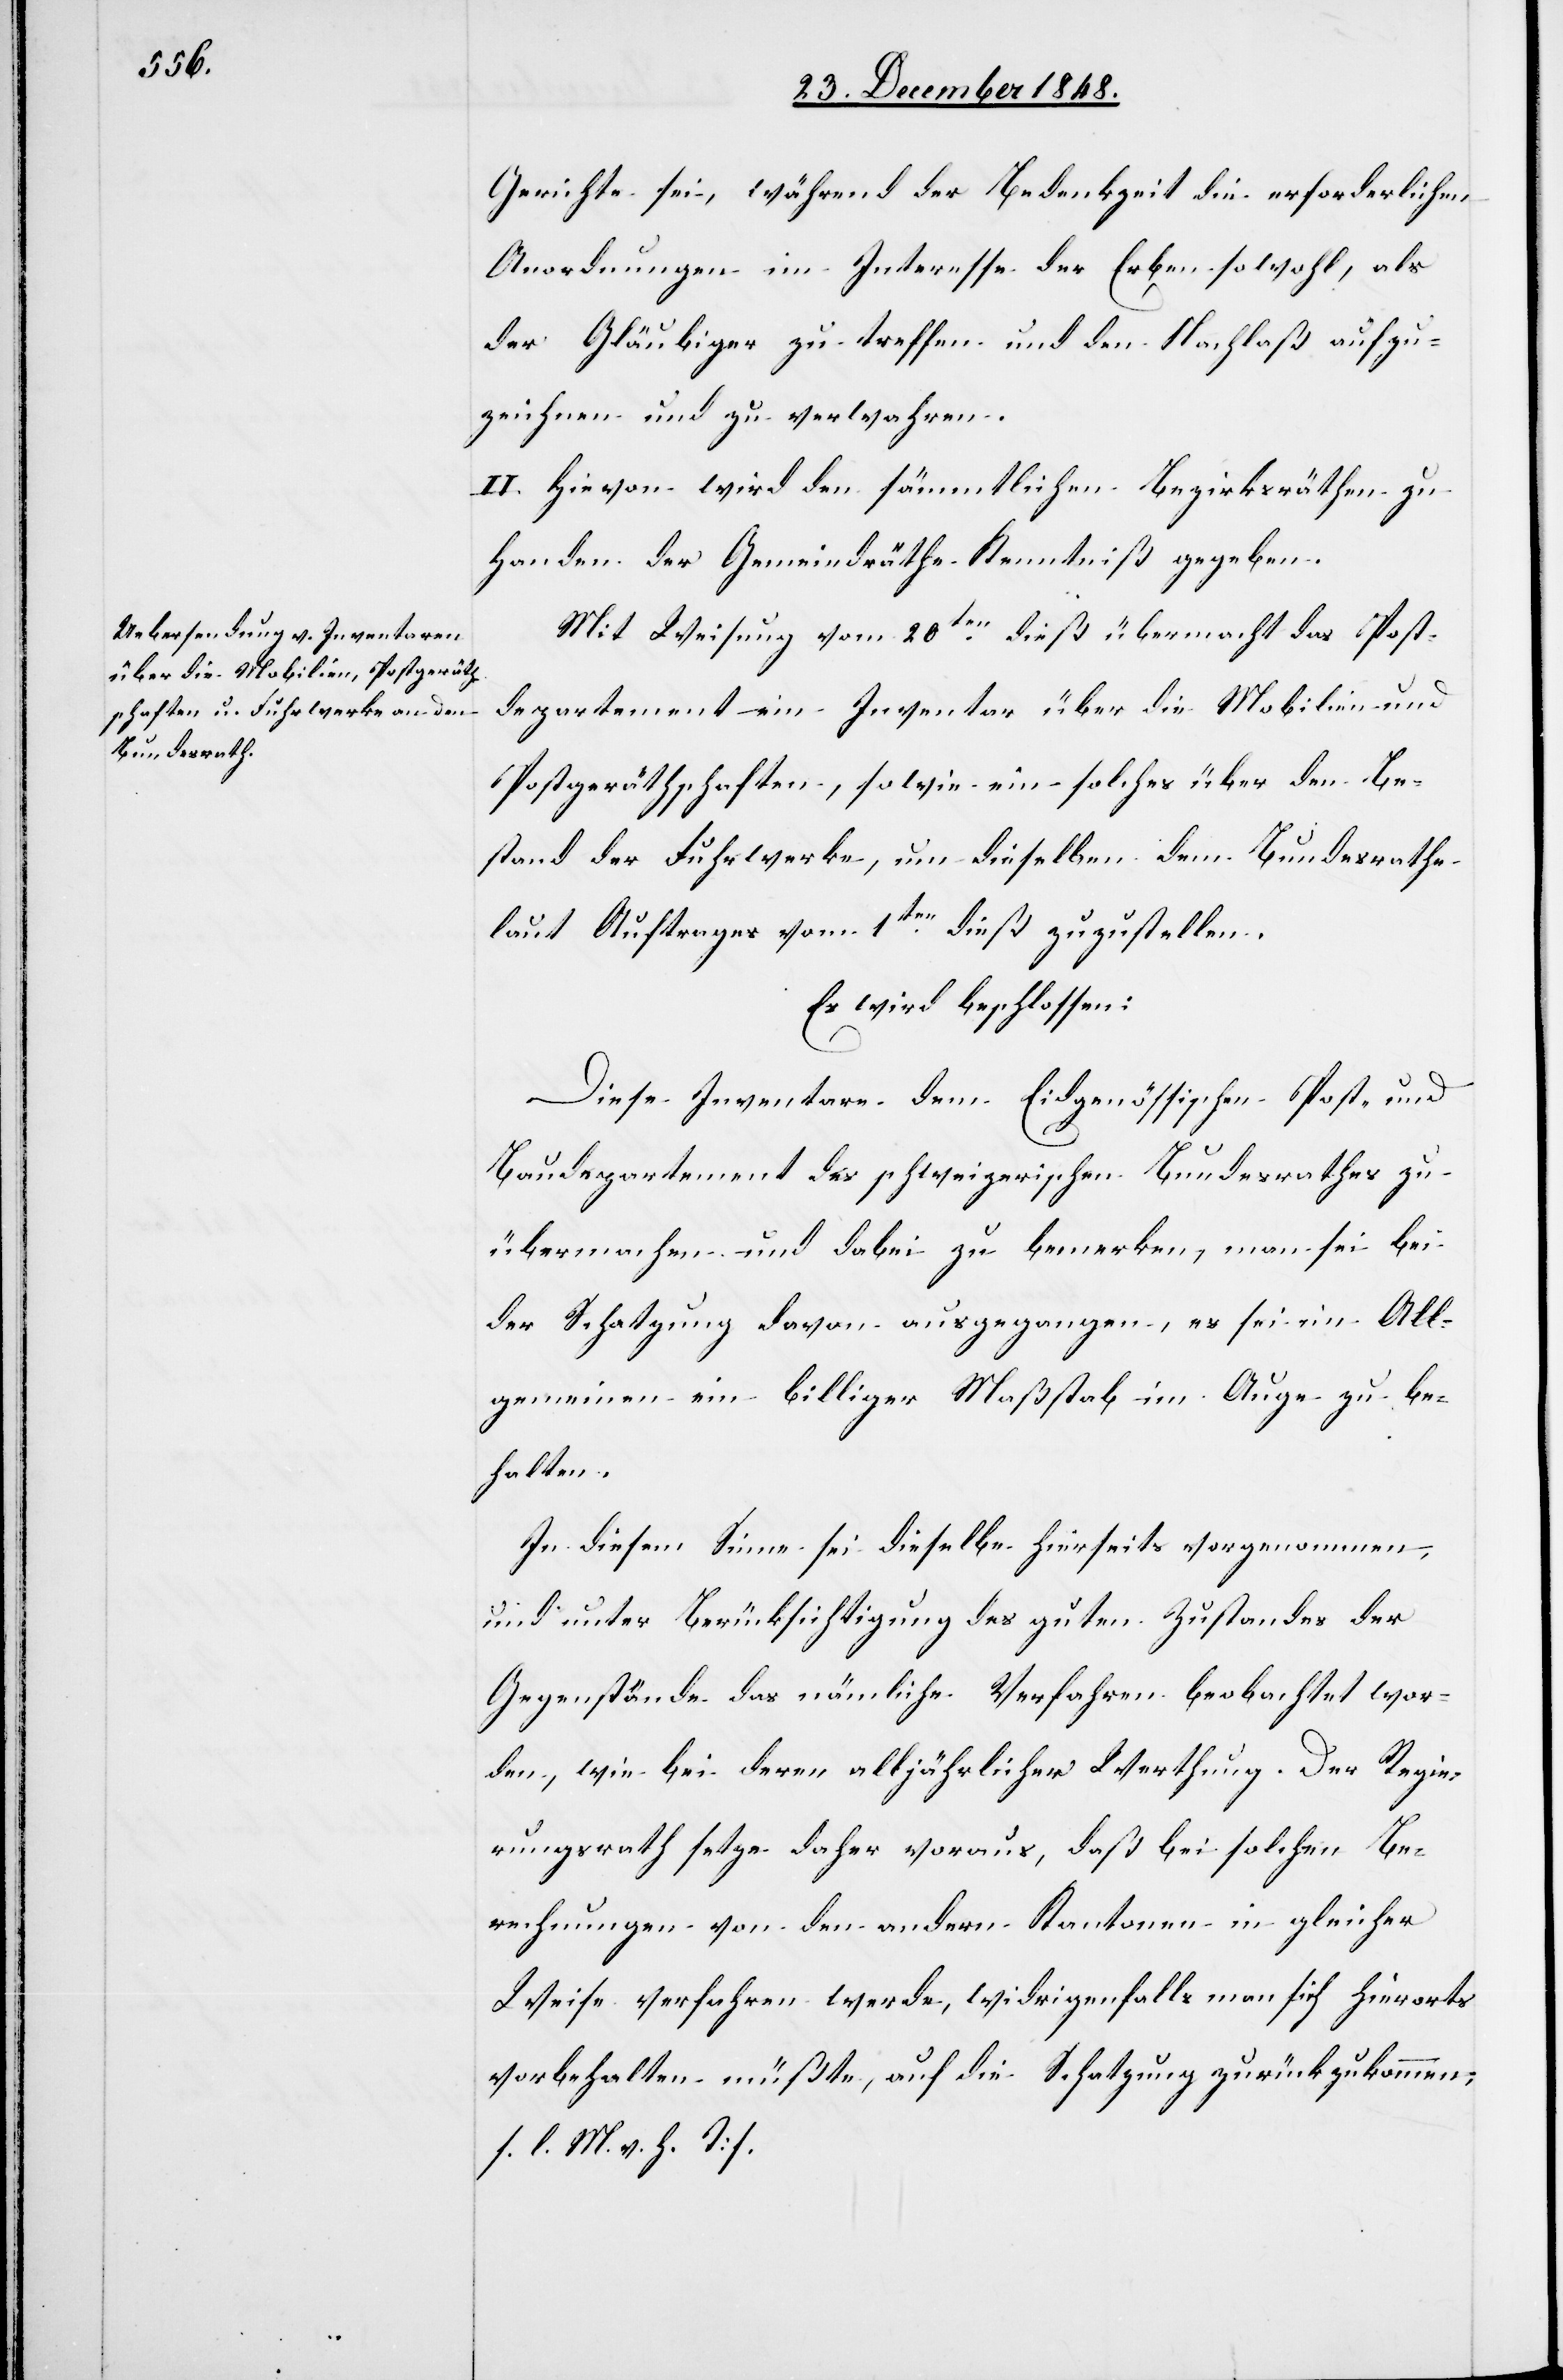
Gerichte sei, während der Bedenkzeit die erforderlichen
Anordnungen im Interesse der Erben sowohl, als
der Gläubiger zu treffen und den Nachlaß aufzu¬
zeichnen und zu verwahren.
II. Hievon wird den sämmtlichen Bezirksräthen zu
Handen der Gemeindräthe Kenntniß gegeben.
Mit Weisung vom 20ten dieß übermacht das Post¬
departement ein Inventar über die Mobilien und
Postgeräthschaften, sowie ein solches über den Be¬
stand der Fuhrwerke, um dieselben dem Bundesrathe
laut Auftrages vom 1ten dieß zuzustellen.
Es wird beschlossen:
Diese Inventare dem Eidgenössischen Post- und
Baudepartement des schweizerischen Bundesrathes zu
übermachen und dabei zu bemerken, man sei bei
der Schatzung davon ausgegangen, es sei im All¬
gemeinen ein billiger Maßstab im Auge zu be¬
halten.
In diesem Sinne sei dieselbe hierseits vorgenommen,
und unter Berücksichtigung des guten Zustandes der
Gegenstände das nämliche Verfahren beobachtet wor¬
den, wie bei deren alljährlicher Werthung. Der Regie¬
rungsrath setze daher voraus, daß bei solchen Be¬
rechnungen von den andern Kantonen in gleicher
Weise verfahren werde, widrigenfalls man sich hierorts
vorbehalten müßte, auf die Schatzung zurückzukommen.
[l. M. v. h. T]